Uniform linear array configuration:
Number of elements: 32
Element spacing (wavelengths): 0.25
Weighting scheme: hamming
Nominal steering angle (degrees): -45
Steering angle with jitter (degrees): -46.317
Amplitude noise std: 0.05
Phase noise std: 0.05

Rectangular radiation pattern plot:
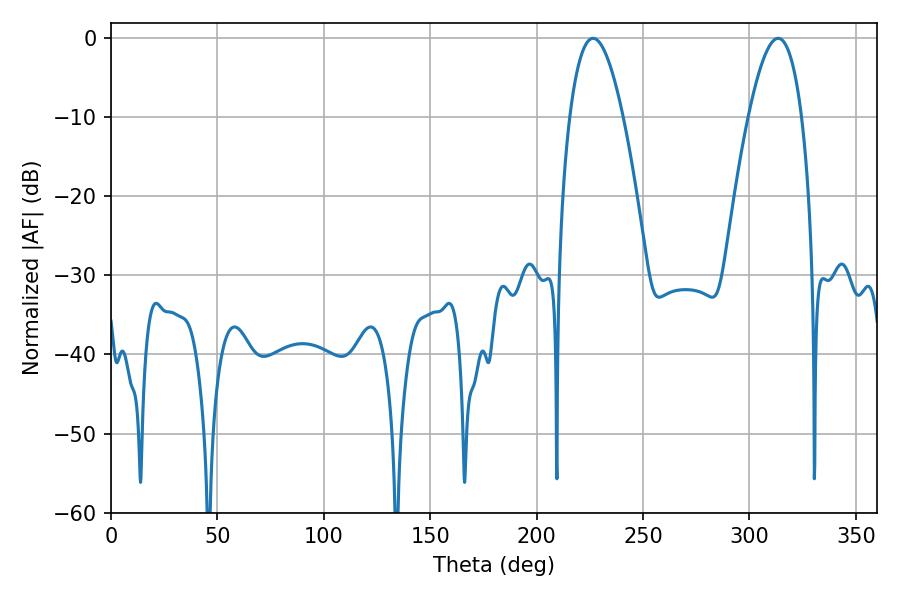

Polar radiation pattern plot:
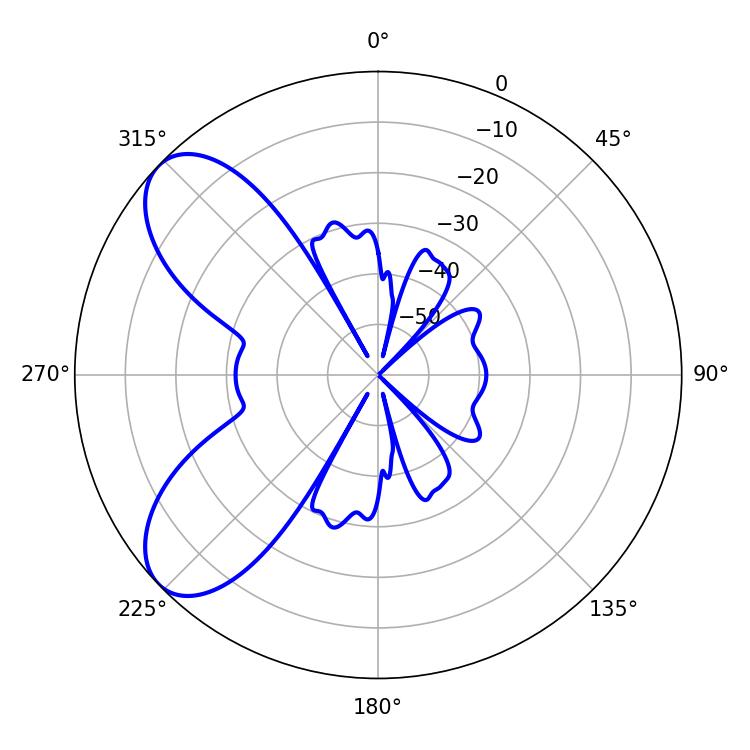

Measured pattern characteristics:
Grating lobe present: FALSE
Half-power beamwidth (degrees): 13.68
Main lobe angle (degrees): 226.44